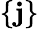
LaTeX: \{ \mathbf{j}\}